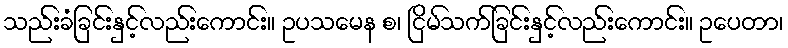
သည်းခံခြင်းနှင့်လည်းကောင်း။ ဥပသမေန စ၊ ငြိမ်သက်ခြင်းနှင့်လည်းကောင်း။ ဥပေတာ၊